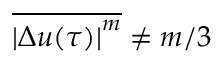
\overline { { { \vert \Delta u ( \tau ) \vert } ^ { m } } } \neq m / 3